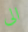
الى